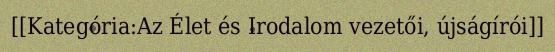
[[Kategória:Az Élet és Irodalom vezetői, újságírói]]